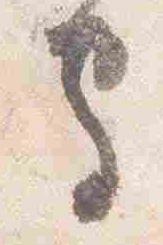
守